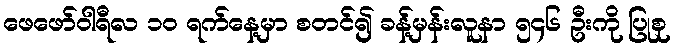
ဖေဖော်ဝါရီလ ၁၀ ရက်နေ့မှာ စတင်၍ ခန့်မှန်းလူနာ ၅၄၆ ဦးကို ပြုစု